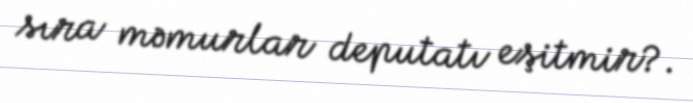
sıra məmurlar deputatı eşitmir?.